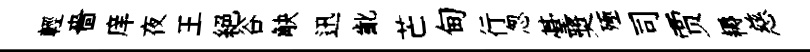
輕嗇庠夜王絕谷觖迅齔芒甸行怱䑓奬殛司贾耨慈